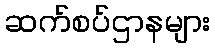
ဆက်စပ်ဌာနများ